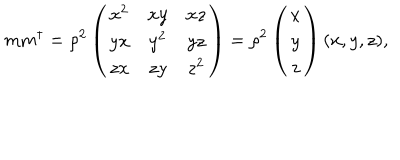
m m ^ { \dagger } = \rho ^ { 2 } \left( \begin{array} { c c c } { { x ^ { 2 } } } & { { x y } } & { { x z } } \\ { { y x } } & { { y ^ { 2 } } } & { { y z } } \\ { { z x } } & { { z y } } & { { z ^ { 2 } } } \\ \end{array} \right) = \rho ^ { 2 } \left( \begin{array} { c } { { x } } \\ { { y } } \\ { { z } } \\ \end{array} \right) ( x , y , z ) ,